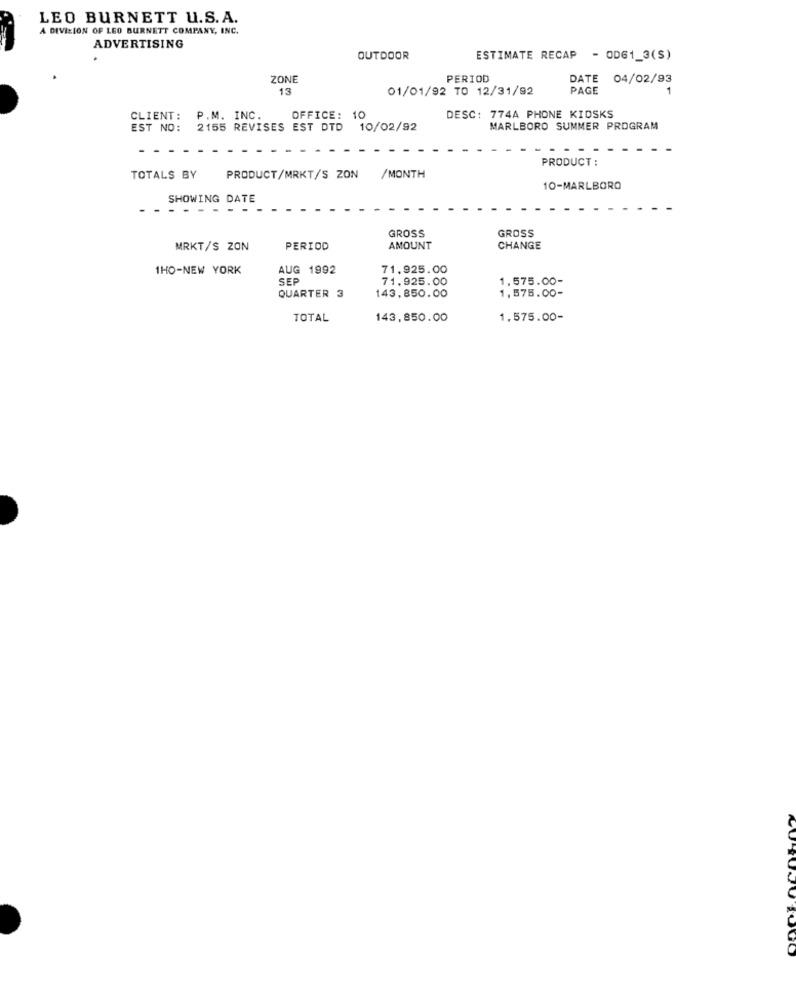
LEO BURNETT U.S. A.
A DIVISION OF LEO BURNETT COMPANY, INC.
ADVERTISING
OUTDOOR
ESTIMATE RECAP - OD61_3(S)
ZONE
PERIOD
DATE 04/02/93
13
01/01/92 TO 12/31/92
PAGE
CLIENT: P.M. INC.
OFFICE: 1
DESC: 774A PHONE KIOSKS
EST NO: 2155 REVISES EST DTD 10/02/92
MARLBORO SUMMER PROGRAM
PRODUCT :
TOTALS BY
PRODUCT/MRKT/S ZON
/MONTH
10-MARLBORO
SHOWING DATE
- - -.
GROSS
GROSS
MRKT/S ZON
PERIOD
AMOUNT
CHANGE
1HO-NEW YORK
AUG 1992
71,925.00
SEP
71,925.00
1,575.00-
QUARTER 3
143,850.00
1,575.00-
TOTAL
143,850.00
1,575.00-